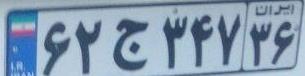
۶۲ج۳۴۷۳۶